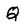
Character: Q